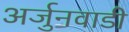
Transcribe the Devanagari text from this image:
अर्जुनवाडी